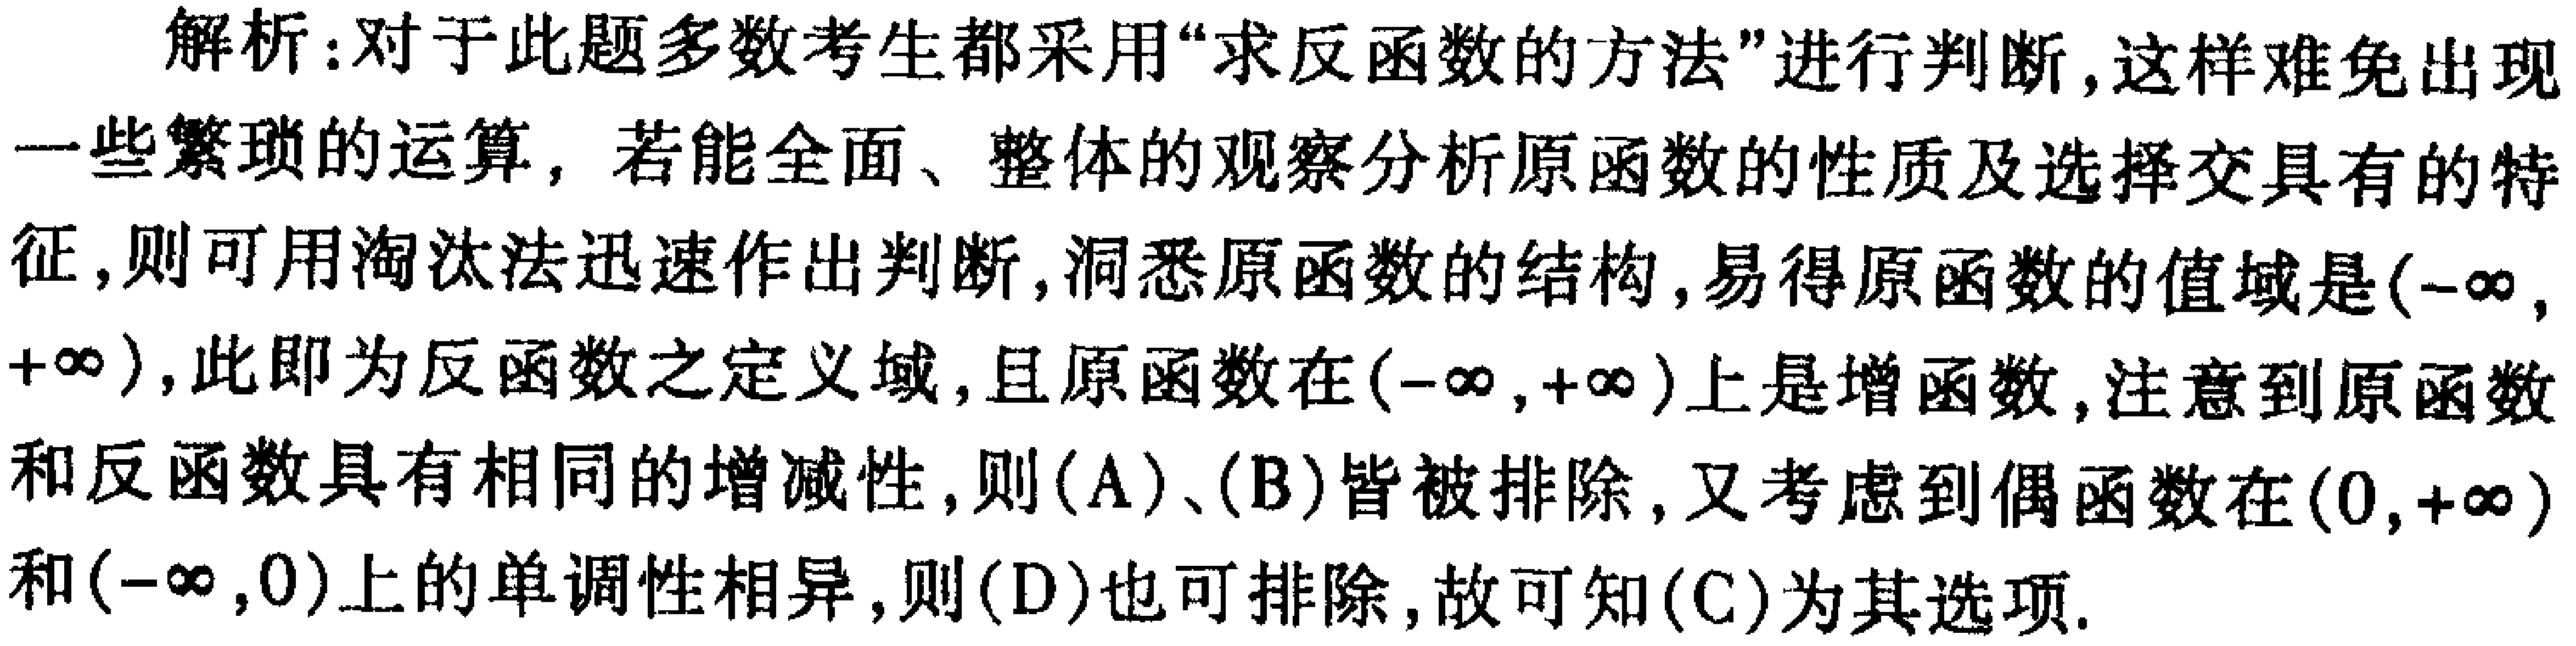
解析：对于此题多数考生都采用“求反函数的方法”进行判断，这样难免出现一些繁琐的运算，若能全面、整体的观察分析原函数的性质及选择交具有的特征，则可用淘汰法迅速作出判断，洞悉原函数的结构，易得原函数的值域是\((-\infty,+\infty)\)，此即为反函数之定义域，且原函数在\((-\infty,+\infty)\)上是增函数，注意到原函数和反函数具有相同的增减性，则(A)、(B)皆被排除，又考虑到偶函数在\((0,+\infty)\)和\((-\infty,0)\)上的单调性相异，则(D)也可排除，故可知(C)为其选项.